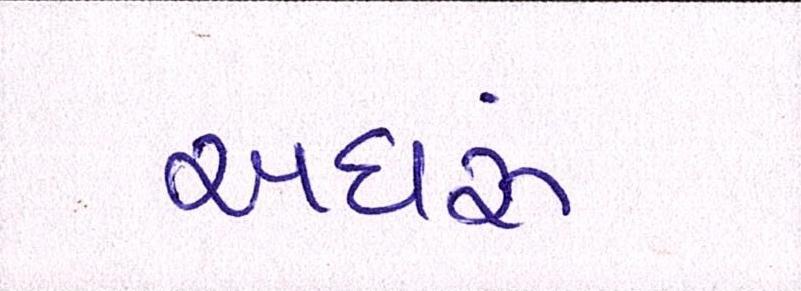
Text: અઘરું